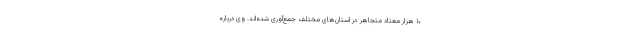
۱۰ هزار معتاد متجاهر در استان‌های مختلف جمع‌آوری شده‌اند. وی درباره